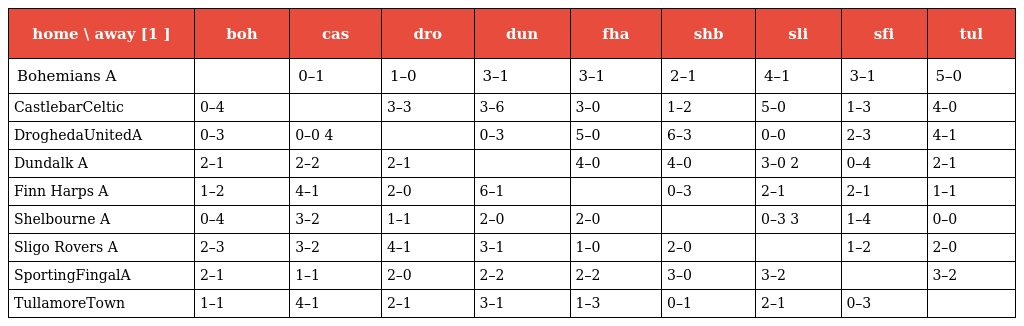
| home \ away [1 ] | boh | cas | dro | dun | fha | shb | sli | sfi | tul |
 | --- | --- | --- | --- | --- | --- | --- | --- | --- | --- |
 | Bohemians A |  | 0–1 | 1–0 | 3–1 | 3–1 | 2–1 | 4–1 | 3–1 | 5–0 |
 | CastlebarCeltic | 0–4 |  | 3–3 | 3–6 | 3–0 | 1–2 | 5–0 | 1–3 | 4–0 |
 | DroghedaUnitedA | 0–3 | 0–0 4 |  | 0–3 | 5–0 | 6–3 | 0–0 | 2–3 | 4–1 |
 | Dundalk A | 2–1 | 2–2 | 2–1 |  | 4–0 | 4–0 | 3–0 2 | 0–4 | 2–1 |
 | Finn Harps A | 1–2 | 4–1 | 2–0 | 6–1 |  | 0–3 | 2–1 | 2–1 | 1–1 |
 | Shelbourne A | 0–4 | 3–2 | 1–1 | 2–0 | 2–0 |  | 0–3 3 | 1–4 | 0–0 |
 | Sligo Rovers A | 2–3 | 3–2 | 4–1 | 3–1 | 1–0 | 2–0 |  | 1–2 | 2–0 |
 | SportingFingalA | 2–1 | 1–1 | 2–0 | 2–2 | 2–2 | 3–0 | 3–2 |  | 3–2 |
 | TullamoreTown | 1–1 | 4–1 | 2–1 | 3–1 | 1–3 | 0–1 | 2–1 | 0–3 |  |